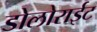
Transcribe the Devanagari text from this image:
डोलोराईट